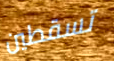
تسقطين